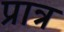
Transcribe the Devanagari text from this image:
प्रात्र